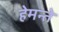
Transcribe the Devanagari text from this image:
हेमन्ते